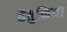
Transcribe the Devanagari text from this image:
हेतुकिया